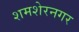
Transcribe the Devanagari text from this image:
शमशेरनगर